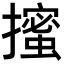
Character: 𭢼